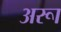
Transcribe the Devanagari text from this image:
अरूा